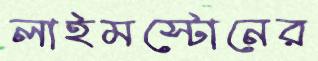
লাইমস্টোনের